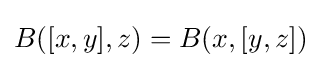
B([x,y],z)=B(x,[y,z])